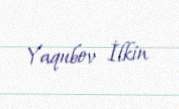
Yaqubov İlkin